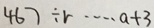
4 6 7 \div r \cdots a + 3